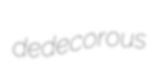
dedecorous